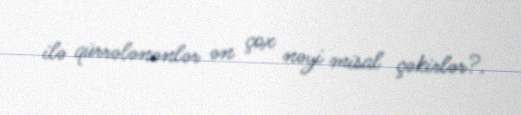
ilə qürrələnənlər ən çox nəyi misal çəkirlər?.